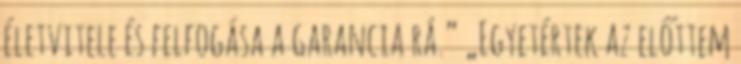
életvitele és felfogása a garancia rá.” „Egyetértek az előttem